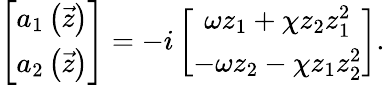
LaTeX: \left[\begin{array}{c}{a_{1}\left(\vec{z}\right)}\\ {a_{2}\left(\vec{z}\right)}\end{array}\right]=-i\left[\begin{array}{c}{\omega z_{1}+\chi z_{2}z_{1}^{2}}\\ {-\omega z_{2}-\chi z_{1}z_{2}^{2}}\end{array}\right].